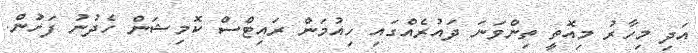
އަދި މިހާރު މިއޮތީ ތިންވަނަ ދައުރެއްގައި ހިއުމަން ރައިޓްސް ކޮމިޝަން ހެދުނު ފަހުން.